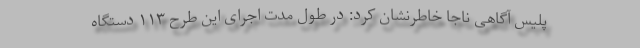
پلیس آگاهی ناجا خاطرنشان کرد: در طول مدت اجرای این طرح ۱۱۳ دستگاه